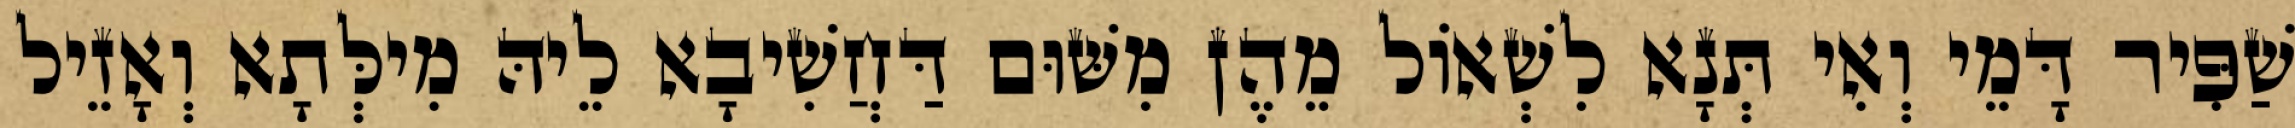
שַׁפִּיר דָּמֵי וְאִי תְּנָא לִשְׁאוֹל מֵהֶן מִשּׁוּם דַּחֲשִׁיבָא לֵיהּ מִילְּתָא וְאָזֵיל